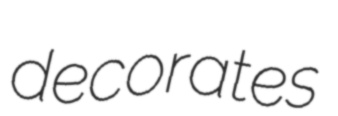
decorates